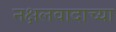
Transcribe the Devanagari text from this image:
नक्षलवादाच्या